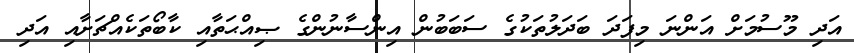
އަދި މޫސުމަށް އަންނަ މިފަދަ ބަދަލުތަކުގެ ސަބަބުން އިންސާނުންގެ ޞިއްޙަތާއި ކާބޯތަކެއްޗަށާއި އަދި